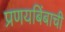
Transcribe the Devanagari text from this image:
प्रणयबिंबाची